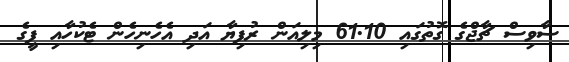
ސާވިސް ޗާޖްގެ ގޮތުގައި 61.10 މިލިއަން ރުފިޔާ އަދި އެހެނިހެން ޓެކުހާއި ފީގެ